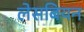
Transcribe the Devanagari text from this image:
लेसबियन